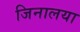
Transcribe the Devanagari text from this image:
जिनालया